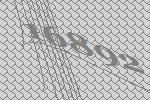
16892